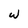
Character: w